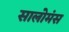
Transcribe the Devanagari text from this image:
सालोमंस